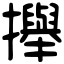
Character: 攑